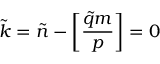
\tilde { k } = \tilde { n } - \left[ { \frac { \tilde { q } m } { p } } \right] = 0